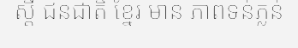
ស្តី ជនជាតិ ខ្នែរ មាន ភាពទន់ភ្លន់